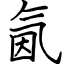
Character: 氤